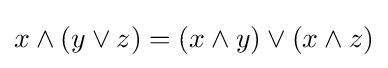
x\land (y\lor z)=(x\land y)\lor (x\land z)